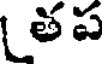
(తప